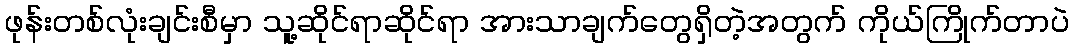
ဖုန်းတစ်လုံးချင်းစီမှာ သူ့ဆိုင်ရာဆိုင်ရာ အားသာချက်တွေရှိတဲ့အတွက် ကိုယ်ကြိုက်တာပဲ